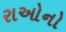
રાઓનો